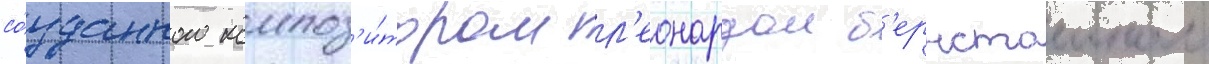
со́зданного композ'и́тором л'еонардом б'ернстаином